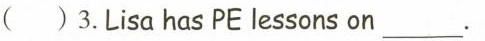
( )3.Lisa has PE lessons on___.